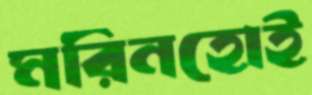
মরিনহোই